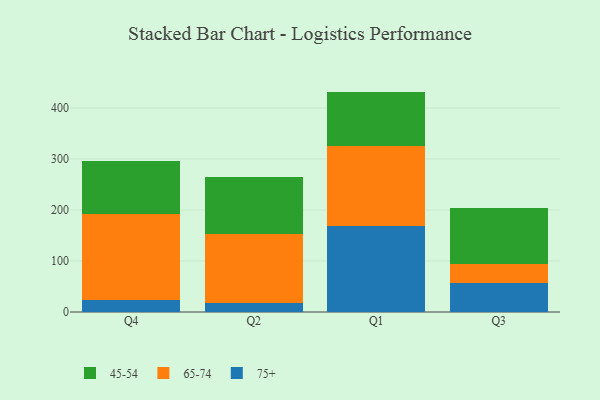
{"axis": {"x": "Quarter", "y": "Revenue (USD Million)"}, "legend": ["45-54", "65-74", "75+"], "data": [{"x": "Q4", "y": 23.2, "type": "75+"}, {"x": "Q4", "y": 169.5, "type": "65-74"}, {"x": "Q4", "y": 102.8, "type": "45-54"}, {"x": "Q2", "y": 17.5, "type": "75+"}, {"x": "Q2", "y": 134.9, "type": "65-74"}, {"x": "Q2", "y": 112.9, "type": "45-54"}, {"x": "Q1", "y": 168.4, "type": "75+"}, {"x": "Q1", "y": 157.7, "type": "65-74"}, {"x": "Q1", "y": 106.0, "type": "45-54"}, {"x": "Q3", "y": 56.6, "type": "75+"}, {"x": "Q3", "y": 36.7, "type": "65-74"}, {"x": "Q3", "y": 110.5, "type": "45-54"}]}